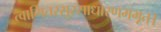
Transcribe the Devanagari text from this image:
त्वामितरसुरसाधारणमभूत्।